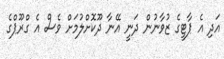
އަދި އެ ޕާޓީގެ ޒުވާނުން ދަނީ އޭނާ ދޫކޮށްލުމަށް ވެސް އެ ގްރޫޕްގެ